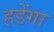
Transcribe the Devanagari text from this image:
हडेंगा